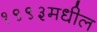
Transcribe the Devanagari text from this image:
१९९३मधील